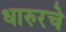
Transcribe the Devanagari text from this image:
धारुरचे